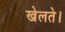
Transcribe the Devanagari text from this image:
खेलते।